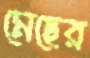
মেছের